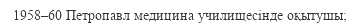
1958–60 Петропавл медицина училищесінде оқытушы;